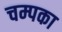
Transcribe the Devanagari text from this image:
चम्पका